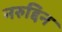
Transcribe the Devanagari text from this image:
नरुद्दिन